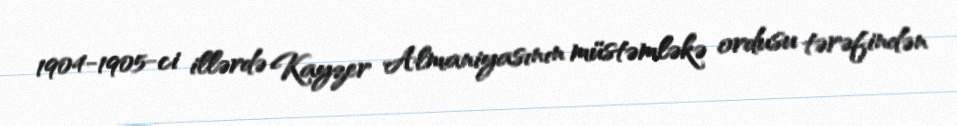
1904-1905-ci illərdə Kayzer Almaniyasının müstəmləkə ordusu tərəfindən